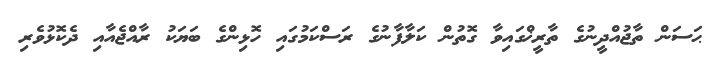
ޙަސަން ތާޖުއްދީނުގެ ތާރީޚްގައިވާ ގޮތުން ކަލާފާނުގެ ރަސްކަމުގައި ހޮޅިންގެ ބަޔަކު ރާއްޖެއާއި ދެކޮޅުވެރި